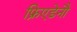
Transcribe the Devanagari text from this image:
फ्रिएडेनौ